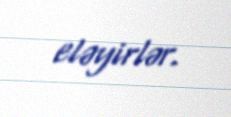
eləyirlər.